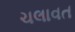
ચલાવત